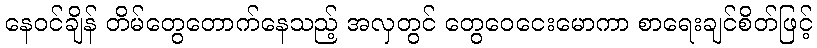
နေဝင်ချိန် တိမ်တွေတောက်နေသည့် အလှတွင် တွေဝေငေးမောကာ စာရေးချင်စိတ်ဖြင့်